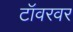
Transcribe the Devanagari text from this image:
टॉवरवर